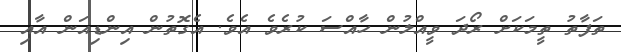
ތަފާތު ތީމަކަށް ރޯދަ ވީއްލުން ހާއްސަ ކުރެވެ އެވެ. އެގޮތުން އިންޑިއަން އާއި